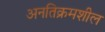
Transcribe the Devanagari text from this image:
अनतिक्रमशील